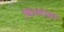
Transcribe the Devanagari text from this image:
विशवासो